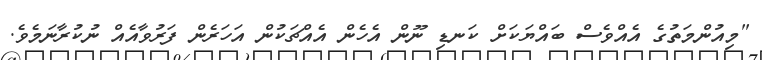
"މިއުންމަތުގެ އެއްވެސް ބައްޔަކަށް ކަނޑި ނޫން އެހެން އެއްޗަކުން އަހަރެން ފަރުވާއެއް ނުކުރާނަމެވެ.